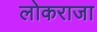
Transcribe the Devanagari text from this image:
लोकराजा